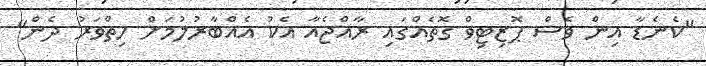
"ކެނެޑާ އިން ވެސް ޕޮޒިޓިވް ގޮތެއްގައި ރާއްޖެއާ އެކު އެއްބާރުލުމަށް ހިތްވަރު ދެން"